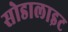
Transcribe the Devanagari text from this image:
सोडालाइट